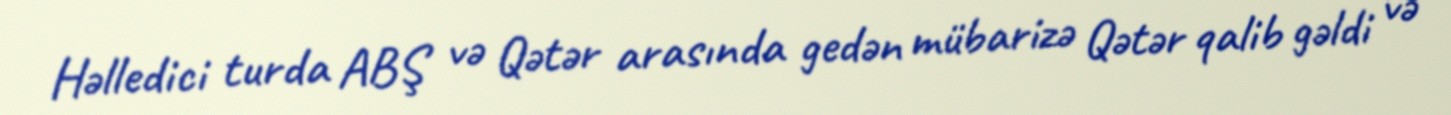
Həlledici turda ABŞ və Qətər arasında gedən mübarizə Qətər qalib gəldi və